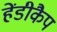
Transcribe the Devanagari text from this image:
हेंडीकैप